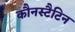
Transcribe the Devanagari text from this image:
कौनस्टैटिन